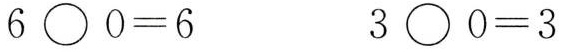
$$6 \circ 0 = 6$$ $$3 \circ 0 = 3$$